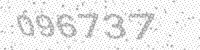
Solution: 096737